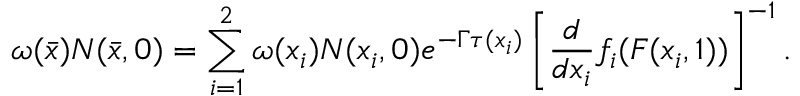
{ \omega ( \bar { x } ) N ( \bar { x } , 0 ) = \sum _ { i = 1 } ^ { 2 } \omega ( x _ { i } ) N ( x _ { i } , 0 ) e ^ { - \Gamma \tau ( x _ { i } ) } \left[ { \frac { d } { d x _ { i } } } f _ { i } ( F ( x _ { i } , 1 ) ) \right] ^ { - 1 } . }